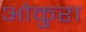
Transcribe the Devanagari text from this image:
ओकुरा